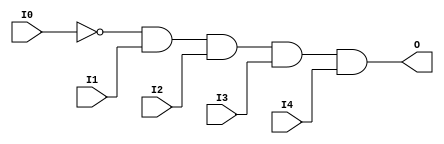
// $Header: /devl/xcs/repo/env/Databases/CAEInterfaces/verunilibs/data/unisims/AND5B1.v,v 1.6 2007/05/23 21:43:33 patrickp Exp $
///////////////////////////////////////////////////////////////////////////////
// Copyright (c) 1995/2004 Xilinx, Inc.
// All Right Reserved.
///////////////////////////////////////////////////////////////////////////////
//   ____  ____
//  /   /\/   /
// /___/  \  /    Vendor : Xilinx
// \   \   \/     Version : 10.1
//  \   \         Description : Xilinx Functional Simulation Library Component
//  /   /                  5-input AND Gate
// /___/   /\     Filename : AND5B1.v
// \   \  /  \    Timestamp : Thu Mar 25 16:42:12 PST 2004
//  \___\/\___\
//
// Revision:
//    03/23/04 - Initial version.
//    05/23/07 - Changed timescale to 1 ps / 1 ps.
//    05/23/07 - Added wire declaration for internal signals.

`timescale  1 ps / 1 ps


module AND5B1 (O, I0, I1, I2, I3, I4);

    output O;

    input  I0, I1, I2, I3, I4;

    wire i0_inv;

    not N0 (i0_inv, I0);
    and A1 (O, i0_inv, I1, I2, I3, I4);


endmodule